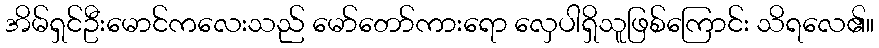
အိမ်ရှင်ဦးမောင်ကလေးသည် မော်တော်ကားရော လှေပါရှိသူဖြစ်ကြောင်း သိရလေ၏။